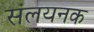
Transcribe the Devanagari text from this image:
संलयनक